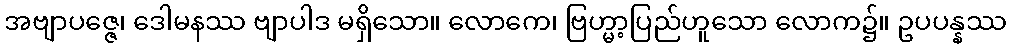
အဗျာပဇ္ဇေ၊ ဒေါမနဿ ဗျာပါဒ မရှိသော။ လောကေ၊ ဗြဟ္မာ့ပြည်ဟူသော လောက၌။ ဥပပန္နဿ